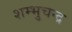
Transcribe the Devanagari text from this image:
शम्भुचन्द्र